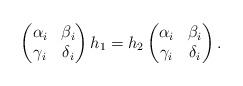
LaTeX: \begin{align*}\begin{pmatrix} \alpha_i & \beta_i \\ \gamma_i & \delta_i \end{pmatrix} h_1 = h_2 \begin{pmatrix} \alpha_i & \beta_i \\ \gamma_i & \delta_i \end{pmatrix}. \end{align*}